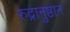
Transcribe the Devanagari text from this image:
रुद्रानुष्ठान